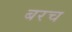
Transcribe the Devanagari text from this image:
बरच